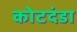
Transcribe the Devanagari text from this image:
कोटदंडा